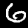
Digit: 6